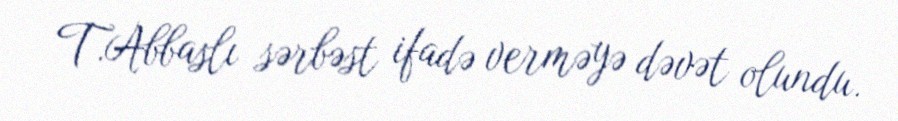
T.Abbaslı sərbəst ifadə verməyə dəvət olundu.